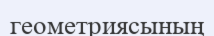
геометриясының